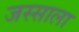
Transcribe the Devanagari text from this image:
जस्साला